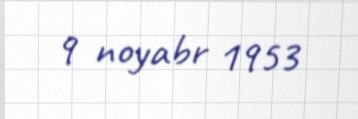
9 noyabr 1953